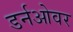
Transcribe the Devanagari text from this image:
डर्नओवर